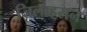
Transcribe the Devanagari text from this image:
जिलाहसन